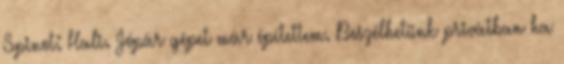
Spinot: Hali. Jópár gépet már építettem. Beszélhetünk privátban ha